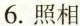
6.照相